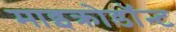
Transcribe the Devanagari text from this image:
माइक्रोडॉन्ट